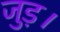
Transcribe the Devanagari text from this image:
जुड़।